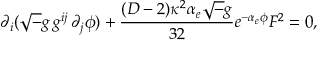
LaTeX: \partial _ { i } ( { \sqrt - g } \, g ^ { i j } \, \partial _ { j } \phi ) + { \frac { ( D - 2 ) \kappa ^ { 2 } \alpha _ { e } { \sqrt - g } } { 3 2 } } e ^ { - \alpha _ { e } \phi } F ^ { 2 } = 0 ,